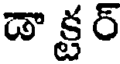
డా క్టర్